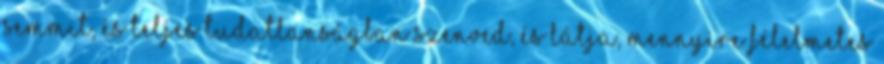
semmit, és teljes tudatlanságban szenved, és látja, mennyire félelmetes